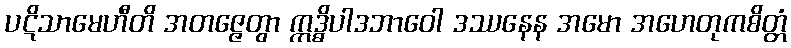
ပဋိသာမေဟီတိ အတဇ္ဇေတွာ ဣဒ္ဓိပါဒဘာဝေါ ဒဿနေန အမော အဟေတုကစိတ္တံ